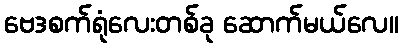
ဗေဒစက်ရုံလေးတစ်ခု ဆောက်မယ်လေ။